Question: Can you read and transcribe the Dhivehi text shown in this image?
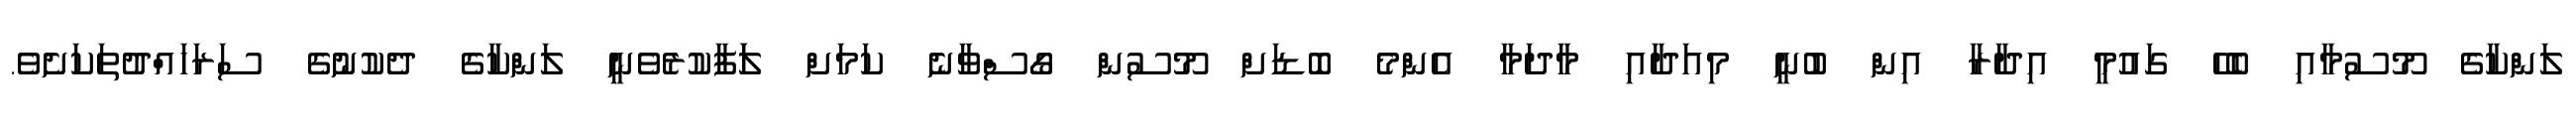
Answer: ލަންކާގެ މޫސުމާއި ބެހޭ ގައުމީ އިދާރާ އިން ބުނީ މިއަދާއި މާދަމާ އެންމެ ބޮޑަށް މޫސުން ގޯސްވާނެ ކަމަށް ލަަފާކުރެވެނީ ލަންކާގެ ދެކުނުގެ ސަރަހައްދުތަކަށެވެ.